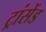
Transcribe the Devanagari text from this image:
ट्रांसेंड